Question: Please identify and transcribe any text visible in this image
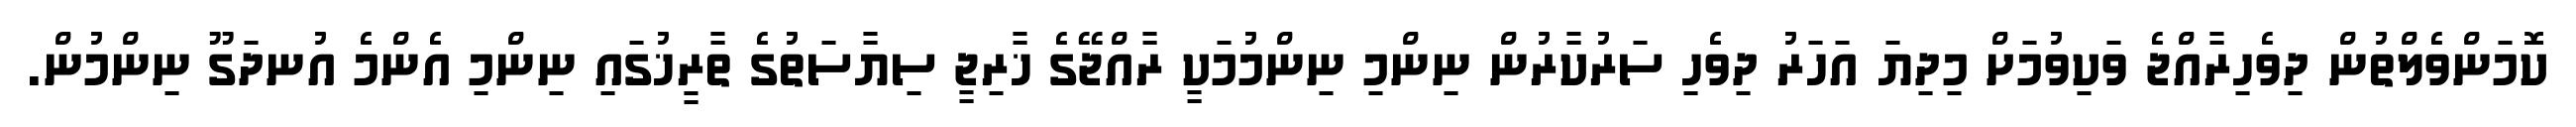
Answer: ކޮމަންވެލްތުން ދިވެހިރާއްޖެ ވަކިވުމަށް މިދިޔަ އަހަރު ދިވެހި ސަރުކާރުން ނިންމި ނިންމުމަކީ ރާއްޖޭގެ ޚާރިޖީ ސިޔާސަތުގެ ތާރީޚުގައި ނިންމި އެންމެ އުނދަގޫ ނިންމުން.